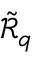
\mathcal { \tilde { R } } _ { { q } }